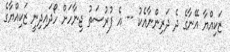
ޒަކިއްޔާ އޭނާގެ ދެ ދަރިންނާއެކު -- އެ ފުރުސަތު ޖިނާހަށް ހޯދައިދިނީ ޒަކިއްޔާގެ